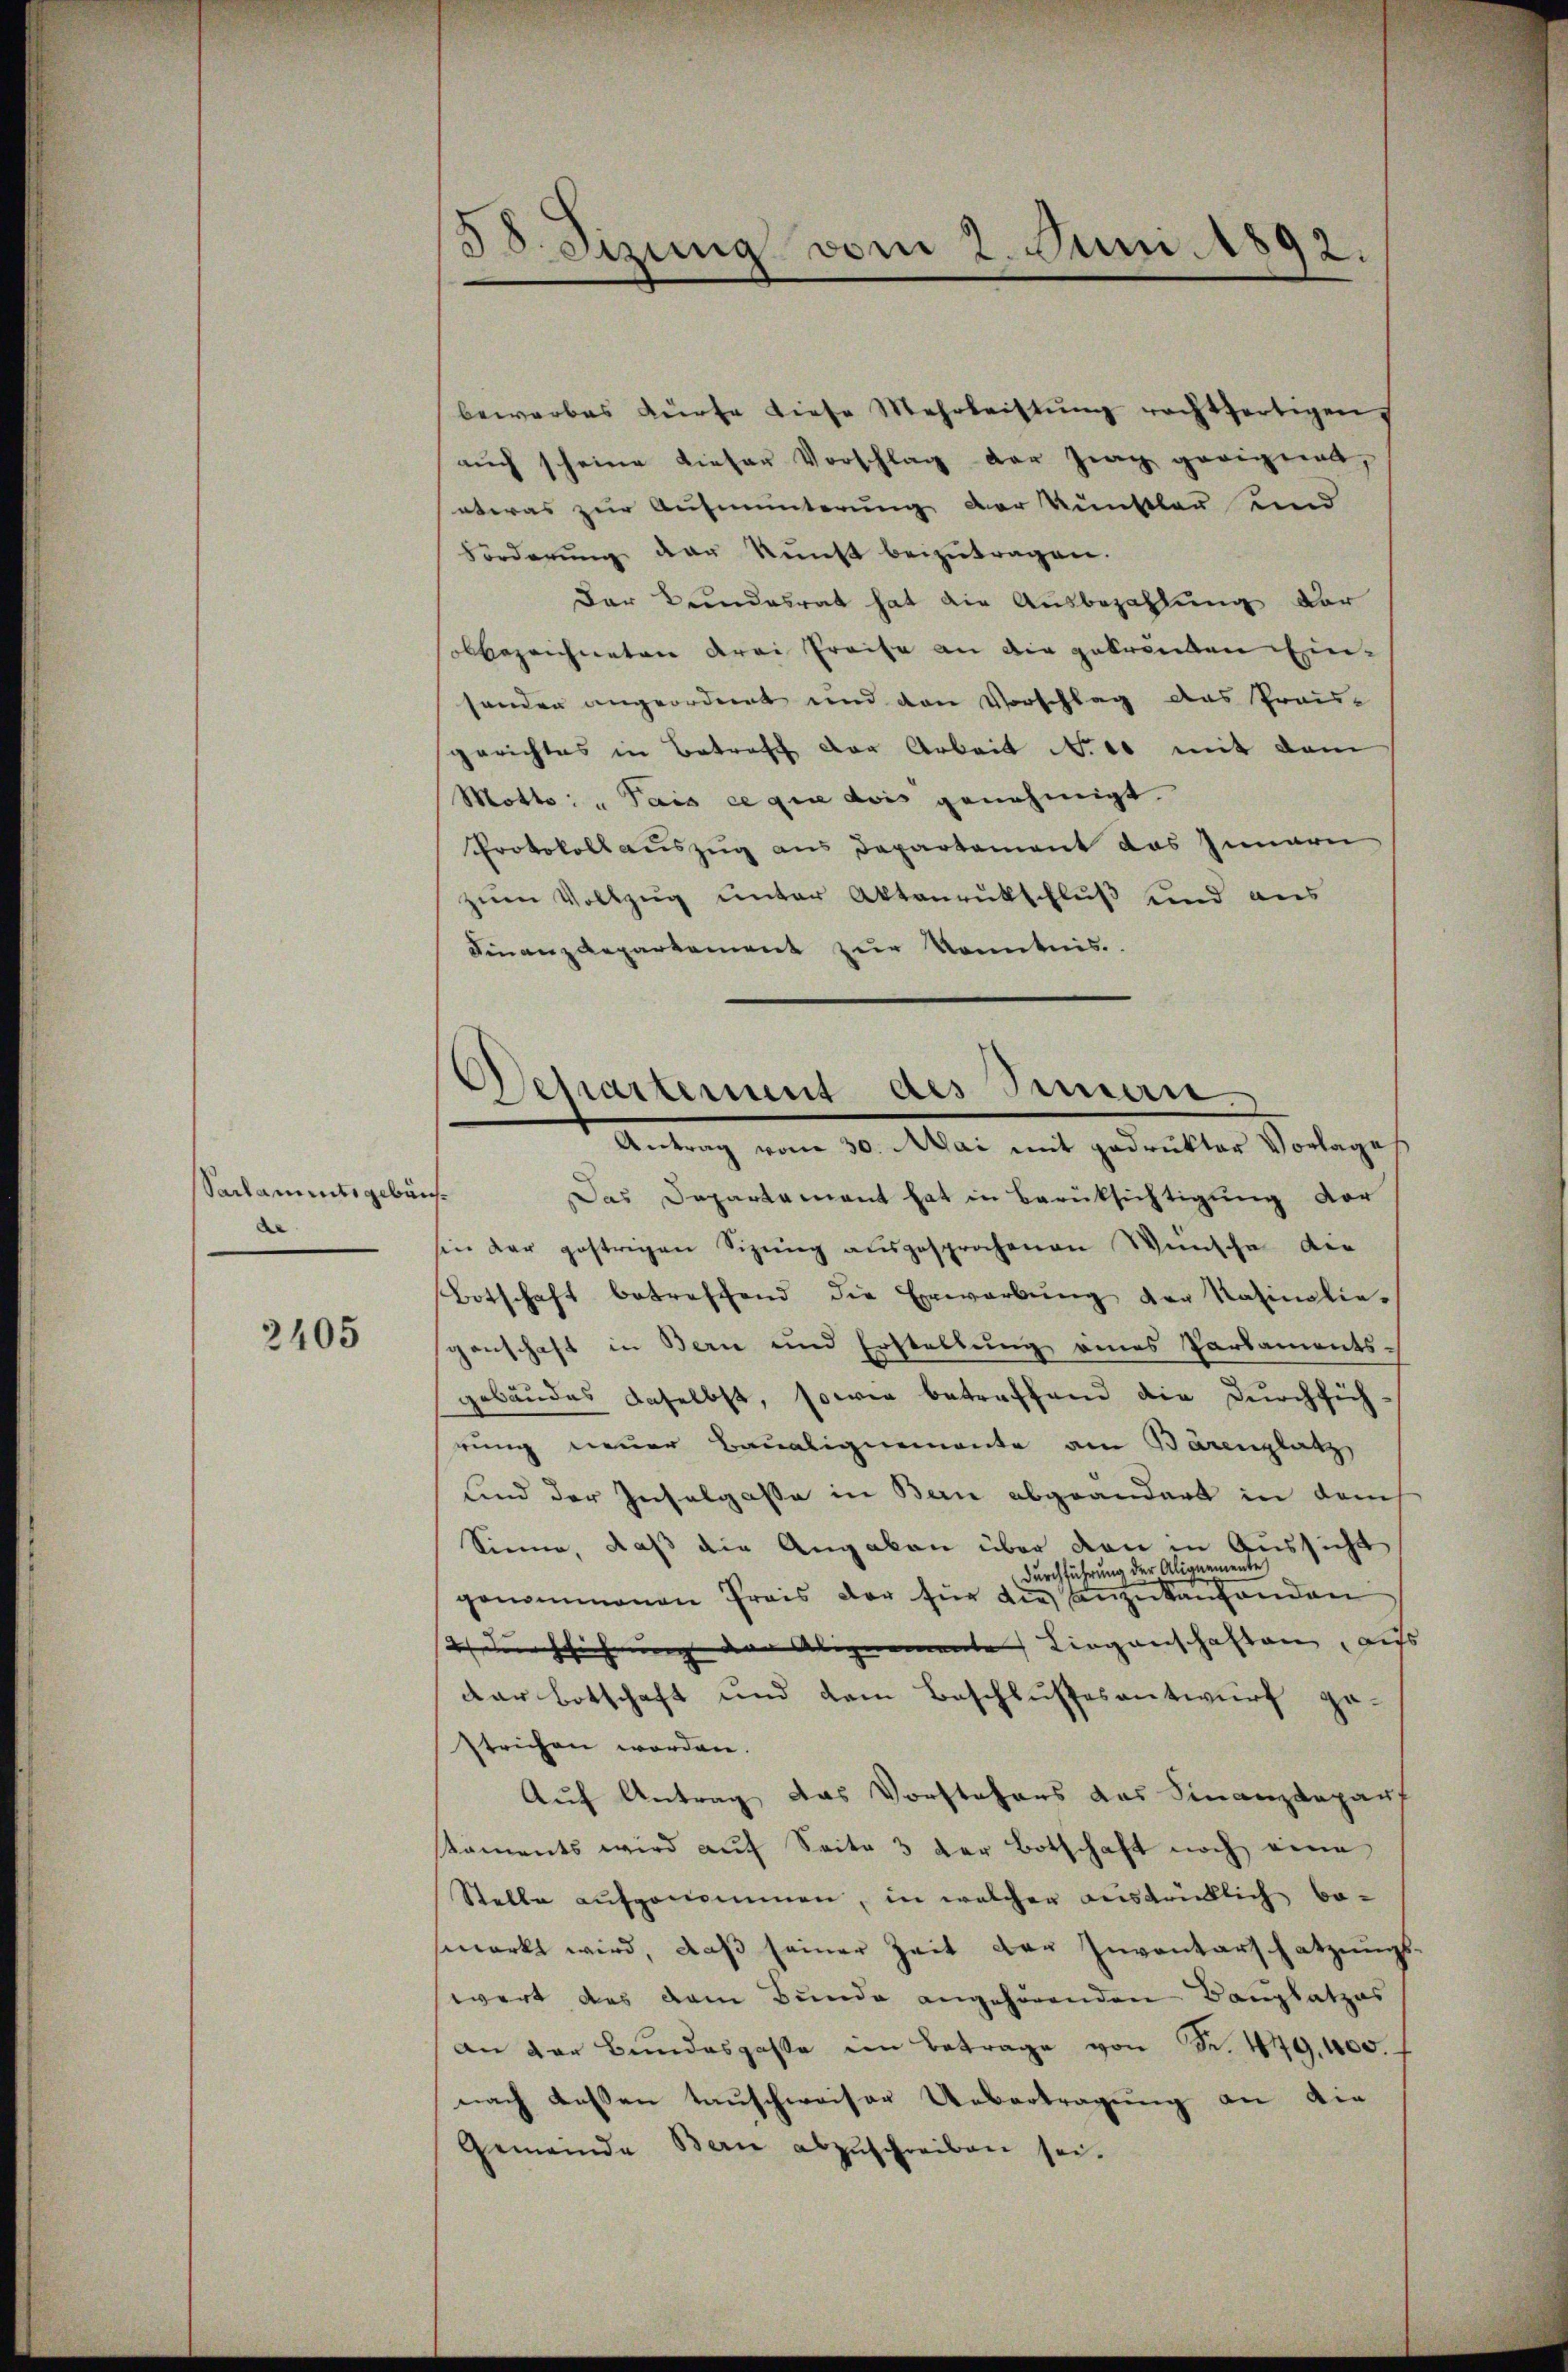
Sarlamentsgebür
.

2405

38. Sizung vom 2. Juni 1892.

bewerbes dürfe diese Mehrleistŭng rechtfertigen,
aŭch scheine dieser Vorschlag der Frag geeignet,
etwas zur Aufmunterung der Künstler und
Forderŭng der kunst beizutragen.
Der Bundesrat hat die Ausbezahlung der
abbezeichneten drei Preise an die gekrönten Einsonder angeordnet und den Vorschlag des Präu-
gerichtes in Betreff der Arbeit N. 10 mit dem
Motto: "Pais ce que das genehmigt.
Protokollauszug aus Departement das Innern
zum Vollzug unter Aktenrütschluß und aus
Finanzdepartement zur Kenntnis.
m 10. Mai mit gedeckten Vorlage
t
Das Departement hat in Berüksichtigung der
in der gestrigen Sizung ausgesprochenen Wünsche die
Botschaft betreffend die Erwarbŭng der Rainoliegenschaft in Bern und Erstellŭng eines Parsaments-
gebäudes daselbst, sowie betreffend die Durchsichrung neuer Baualignemente am Bärenplatz
und der Inselgasse in Bern abgeändert in danch
Sinne, daß die Angaben über den in Aussicht
Durchführung der Alignemente
genommenen Preis der für die anzukaufenden
2 durchsichnung der Alignemente Liegenschaften, auf
dar Botschaft und dem Beschlusses antwurf go
strichen worden.
Auf Antrag das Vorstehers das Finanzdeparf
taments wird aŭf Seite 3 der Botschaft noch eine
Stelle aufgenommen, in welcher ausdrücklich be-
markt wird, daß seiner Zeit der Inventarschatzungswert des dem Bunde angehörenden Bauplatzes
an der Bundesgasse im Betrage von Fr. 449,400.
nach dassen tauschweiser Uebertragung an die
Gemeinde Bern abzuschreiben sei.

Separtement des Semen